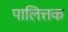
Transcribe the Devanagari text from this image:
पालित्तक